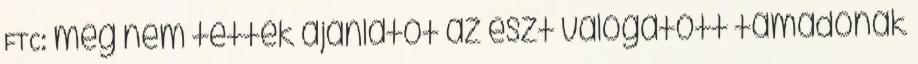
FTC: még nem tettek ajánlatot az észt válogatott támadónak